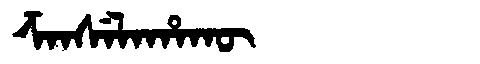
Manchu: ᡯᠠᠨᠰᡝᠯᠠᡥᠠᡴᡡ
Romanization: DZANSELAHAKŪ